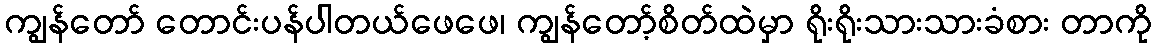
ကျွန်တော် တောင်းပန်ပါတယ်ဖေဖေ၊ ကျွန်တော့်စိတ်ထဲမှာ ရိုးရိုးသားသားခံစား တာကို